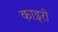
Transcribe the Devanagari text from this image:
काइरो